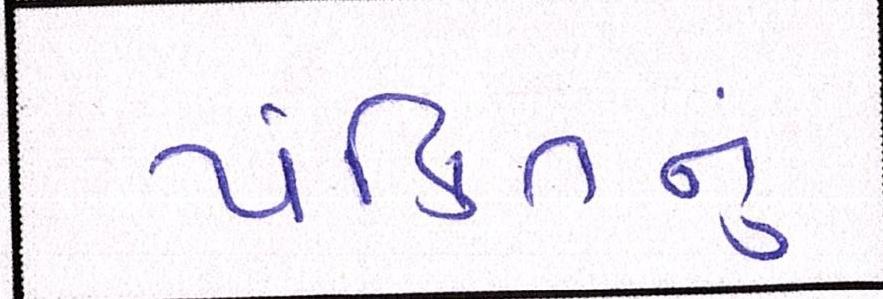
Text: પંક્તિનું